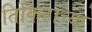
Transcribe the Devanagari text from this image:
तिकिटांच्या